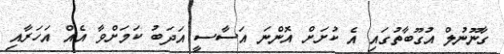
ގާނޫނުލް އުގޫބާތުގައި އެ ކުށަށް އޮންނަ އަސާސީ އަދަބު ކަމަށްވާ އެއް އަހަރާއި